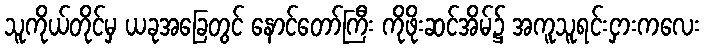
သူကိုယ်တိုင်မှ ယခုအခြေတွင် နောင်တော်ကြီး ကိုဖိုးဆင်အိမ်၌ အကူသူရင်းငှားကလေး